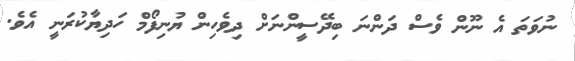
ނުވަތަ އެ ނޫން ވެސް ދަންނަ ބިދޭސީންނަށް ދިވެހިން ޔުނިފޯމް ހަދިޔާކުރަނީ އެވެ.